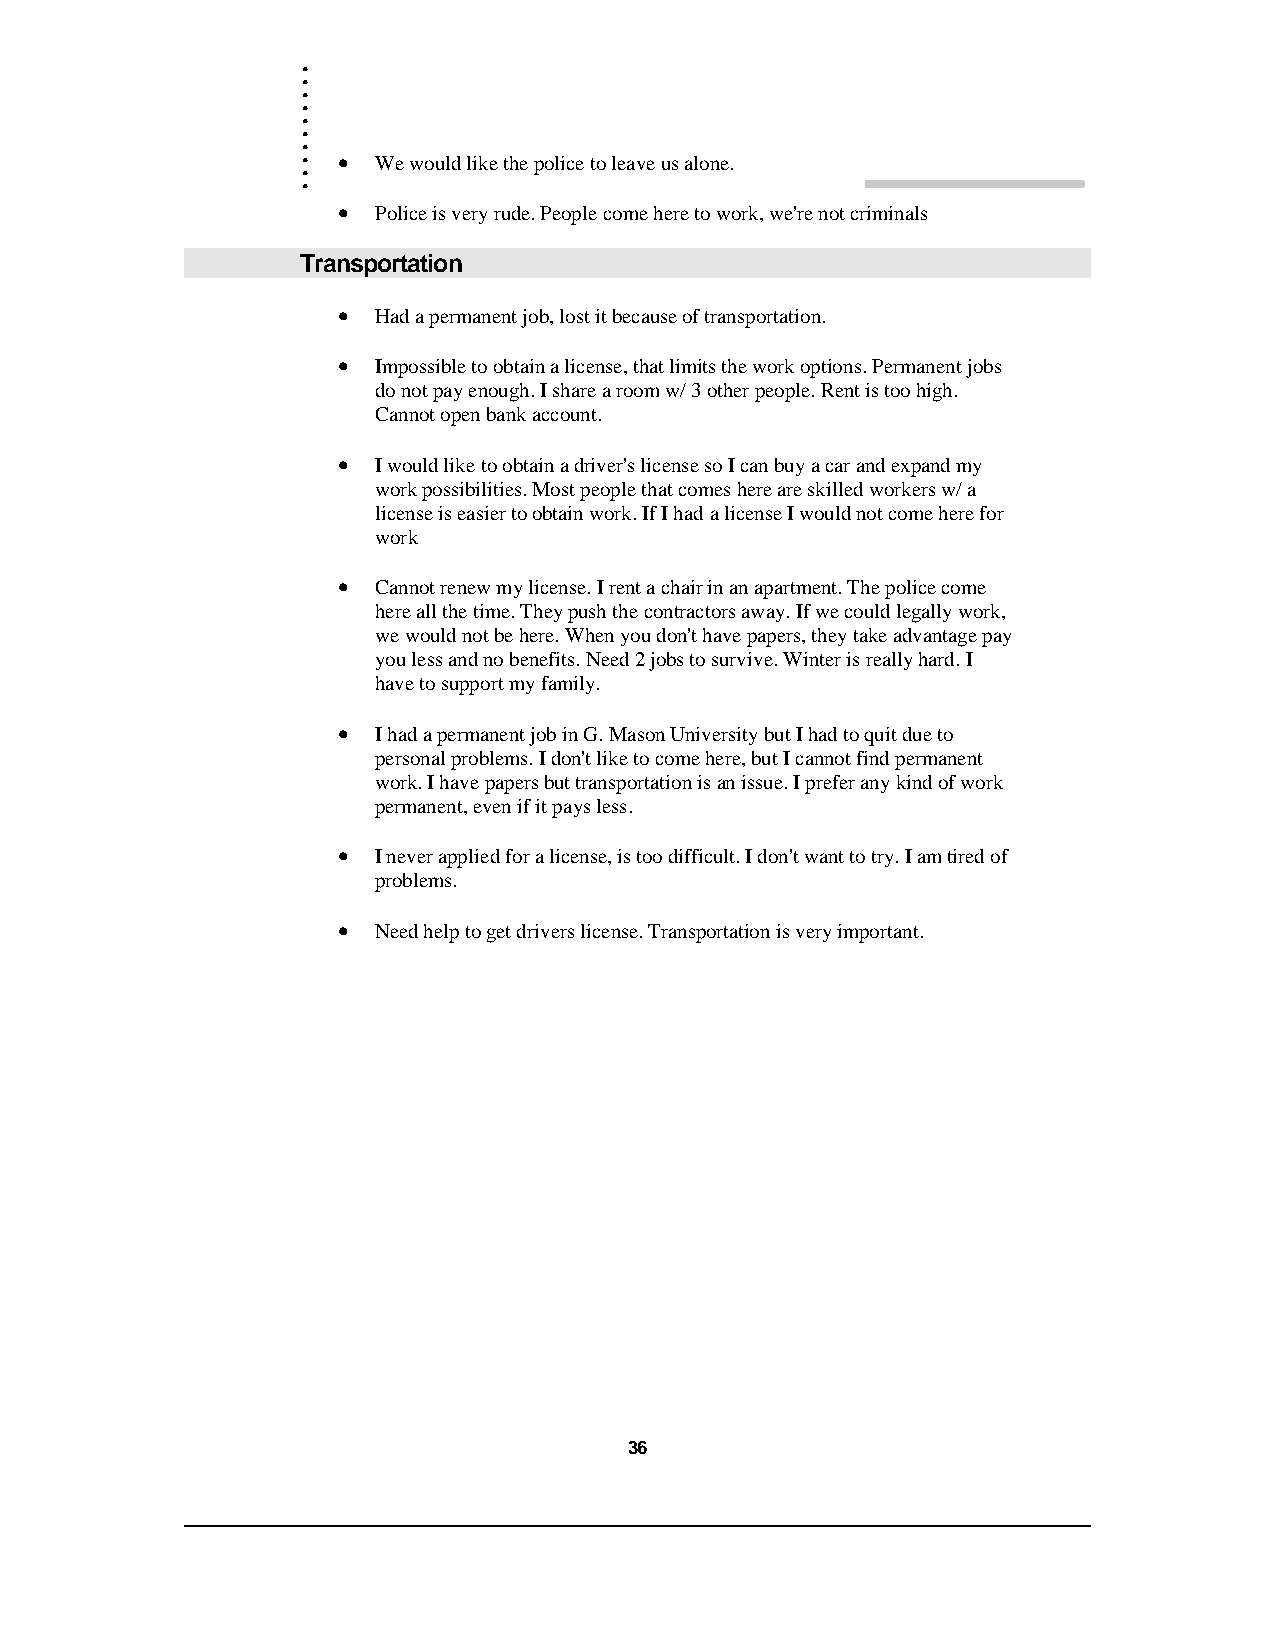
.
 .
 .
 .
 .
 .
 .
 .
 .
 . •  We would like the police to leave us alone.
 •  Police is very rude. People come here to work, we're not criminals
 Transportation
 •  Had a permanent job, lost it because of transportation.
 •  Impossible to obtain a license, that limits the work options. Permanent jobs
 do not pay enough. I share a room w/ 3 other people. Rent is too high.
 Cannot open bank account.
 •  I would like to obtain a driver's license so I can buy a car and expand my
 work possibilities. Most people that comes here are skilled workers w/ a
 license is easier to obtain work. If I had a license I would not come here for
 work
 •  Cannot renew my license. I rent a chair in an apartment. The police come
 here all the time. They push the contractors away. If we could legally work,
 we would not be here. When you don't have papers, they take advantage pay
 you less and no benefits. Need 2 jobs to survive. Winter is really hard. I
 have to support my family.
 •  I had a permanent job in G. Mason University but I had to quit due to
 personal problems. I don't like to come here, but I cannot find permanent
 work. I have papers but transportation is an issue. I prefer any kind of work
 permanent, even if it pays less.
 •  I never applied for a license, is too difficult. I don't want to try. I am tired of
 problems.
 •  Need help to get drivers license. Transportation is very important.
 36